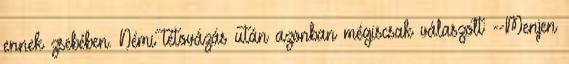
ennek zsebében. Némi tétovázás után azonban mégiscsak válaszolt: --Menjen